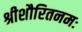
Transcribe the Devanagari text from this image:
श्रीशौरितनमः